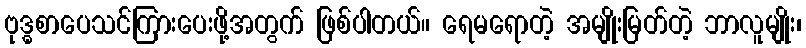
ဗုဒ္ဓစာပေသင်ကြားပေးဖို့အတွက် ဖြစ်ပါတယ်။ ရေမရောတဲ့ အမျိုးမြတ်တဲ့ ဘာလူမျိုး၊